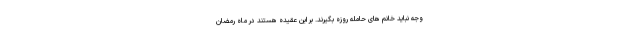
وجه نباید خانم های حامله روزه بگیرند. بر این عقیده هستند در ماه رمضان